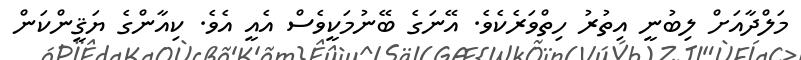
މަލްދާއަށް ލިބުނީ އިތުރު ހިތްވަރެކެވެ. އޭނަގެ ބޭނުމަކީވެސް އެއީ އެވެ. ކިއާންގެ ޔަޤީންކަން